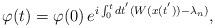
LaTeX: \begin{align*}\varphi (t) = \varphi (0)\, e^{ i \int_0^t dt^{'} ( W (x(t^{'})) -\lambda_n)}, \end{align*}